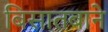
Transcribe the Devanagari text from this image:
बिसातबाने